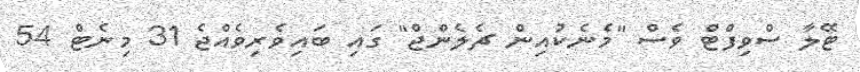
ޓޭލާ ސްވިފްޓް ވެސް "މެނެކުއިން ޗެލެންޖް" ގައި ބައިވެރިވެއްޖެ 31 މިނެޓް 54